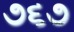
૭૬૭